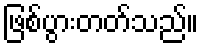
ဖြစ်ပွားတတ်သည်။